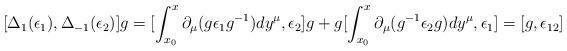
LaTeX: \begin{align*}[\Delta_1(\epsilon_1), \Delta_{-1} (\epsilon_2) ]g= [ \int_{x_{0}}^x \partial_\mu (g \epsilon_1 g^{-1})dy^\mu, \epsilon_2]g+ g [ \int_{x_{0}}^x \partial_\mu (g^{-1} \epsilon_2 g) dy^\mu,\epsilon_1] = [g, \epsilon_{12}]\end{align*}